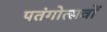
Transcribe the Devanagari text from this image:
पतंगोत्सवों